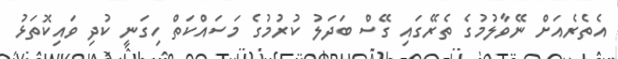
އެތެރެއަށް ނޭވާލުމުގެ ތެރޭގައި ގޭސް ބަދަލު ކުރުމުގެ މަސައްކަތް ހިގަނީ ކުދި ވައިކޮތަޅު